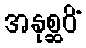
အနုစ္ဆဝိံ